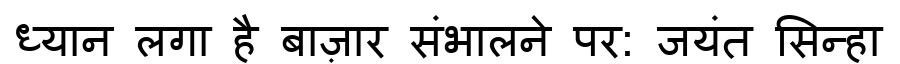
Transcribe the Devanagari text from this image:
ध्यान लगा है बाज़ार संभालने पर: जयंत सिन्हा